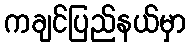
ကချင်ပြည်နယ်မှာ